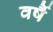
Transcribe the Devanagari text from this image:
वर्षै